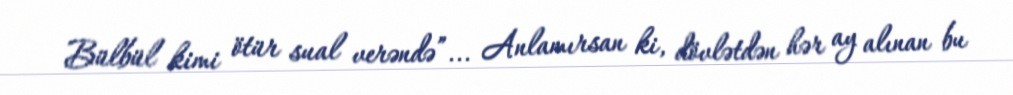
Bülbül kimi ötür sual verəndə”... Anlamırsan ki, dövlətdən hər ay alınan bu